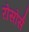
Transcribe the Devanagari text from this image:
रोसोर्स